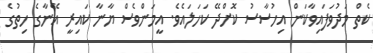
ކެތް މަދުވަފައިވާކަން އިހުސާސު ކޮށްދޭ ކަހަލައެވެ. އީމަންވެސް ޔާނާ ކައިރީ އޭނާގެ ހިތުގެ